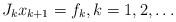
LaTeX: \begin{align*}J_k x_{k+1} = f_k, k = 1,2, \dots\end{align*}